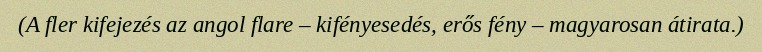
(A fler kifejezés az angol flare – kifényesedés, erős fény – magyarosan átirata.)